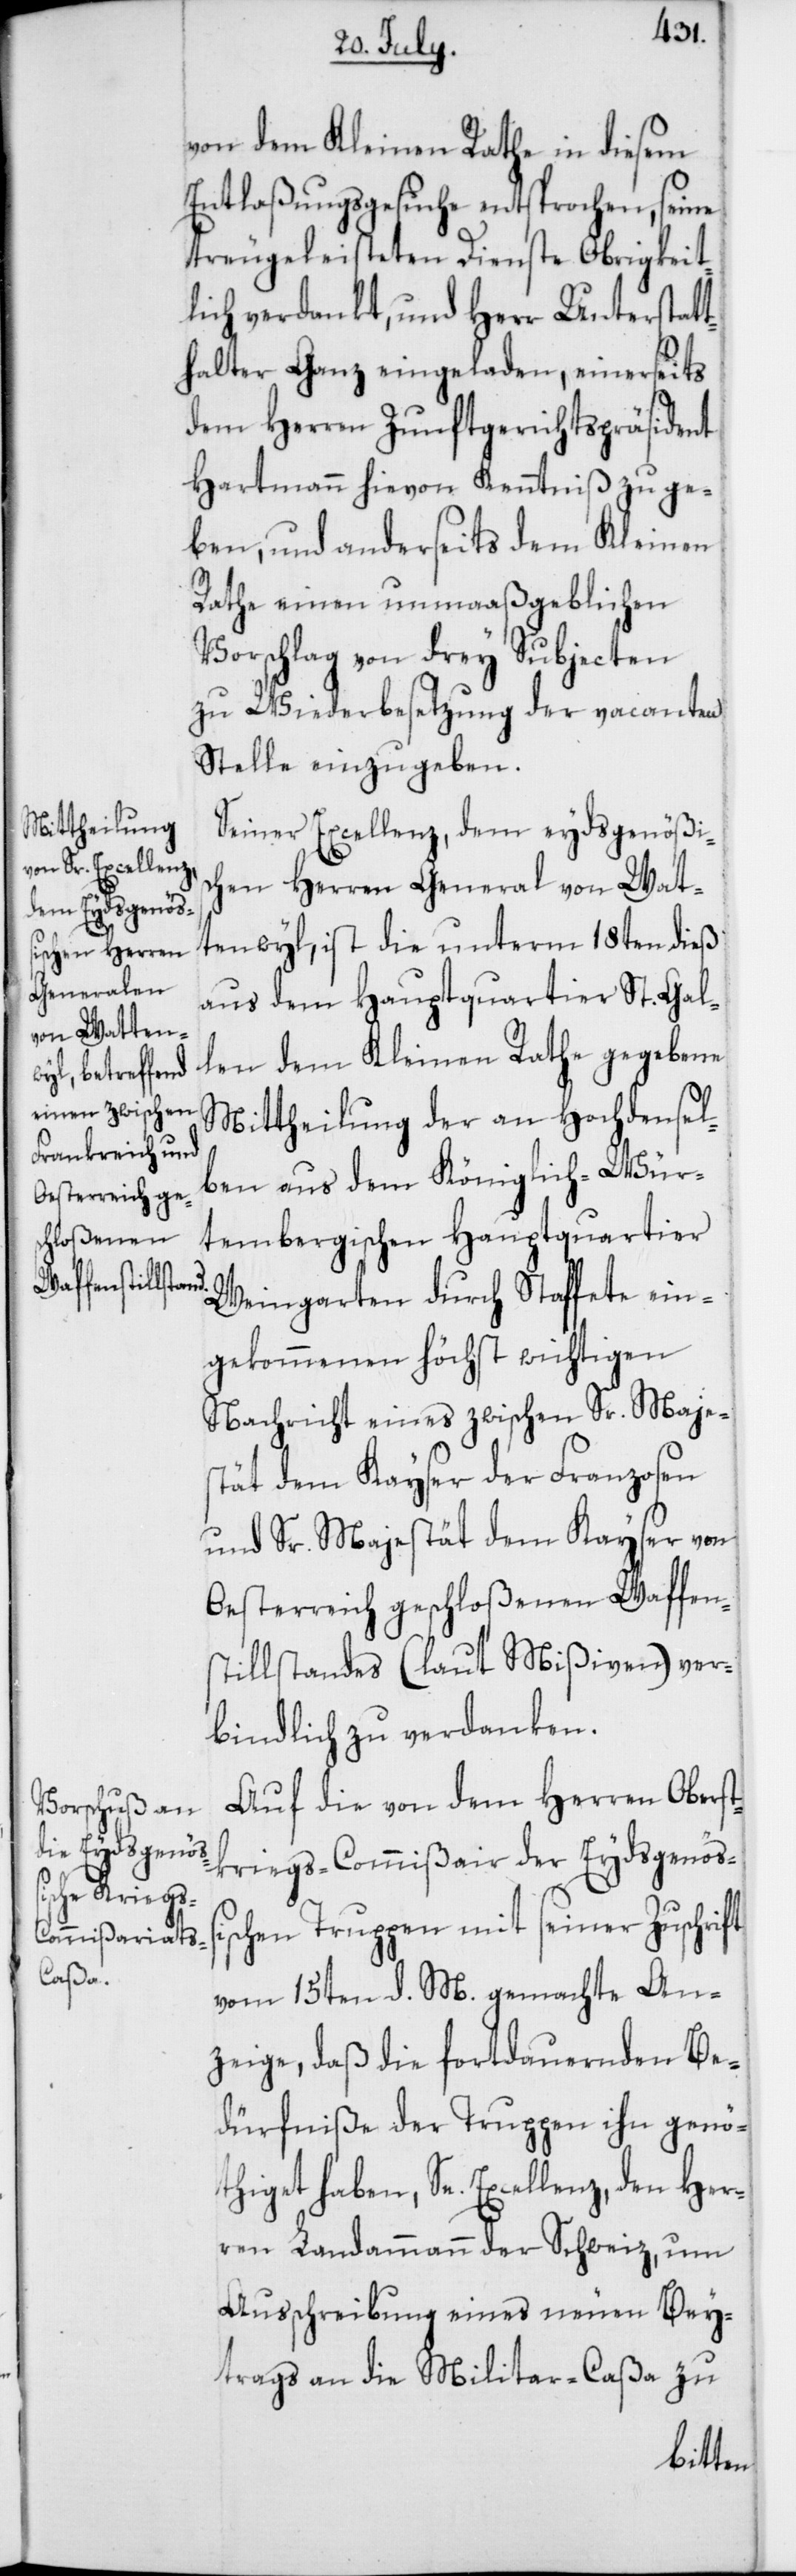
von dem Kleinen Rathe in diesem
Entlaßungsgesuche entsprochen, seine
treugeleisteten Dienste Obrigkeit¬
lich verdankt, und Herr Unterstatt¬
halter Ganz eingeladen, einerseits
dem Herren Zunftgerichtspräsident
Hartmann hievon Kenntniß zu ge¬
ben, und anderseits dem Kleinen
Rathe einen unmaaßgeblichen
Vorschlag von drey Subjecten
zu Wiederbesetzung der vacanten
Stelle einzugeben.
Seiner Excellenz, dem eydsgenößisc¬
hen Herren General von Wat¬
tenwyl, ist die unterm 18ten dieß
aus dem Hauptquartier St. Gal¬
len dem Kleinen Rathe gegebene
Mittheilung der an Hochdensel¬
ben aus dem Königlich-Wür¬
tembergischen Hauptquartier
Weingarten durch Staffete ein¬
gekommenen höchst wichtigen
Nachricht eines zwischen Sr. Majes¬
tät dem Kayser der Franzosen
und Sr. Majestät dem Kayser von
Oesterreich geschloßenen Waffen¬
stillstandes (laut Mißiven) ver¬
bindlich zu verdanken.
Auf die von dem Herren Oberst¬
kriegs-Commißair der Eydsgenößi¬
schen Truppen mit seiner Zuschrift
vom 15ten d. M. gemachte An¬
zeige, daß die fortdauernden B¬
dürfniße der Truppen ihn genö¬
thiget haben, Se. Excellenz, den Her¬
ren Landammann der Schweiz, um
Ausschreibung eines neuen Bey¬
trags an die Militar-Caßa zu